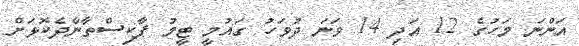
އަންނަ މަހުގެ 12 އަދި 14 ވަނަ ދުވަހު ގައުމީ ޓީމު ޕާކިސްތާނާދެކޮޅަށް